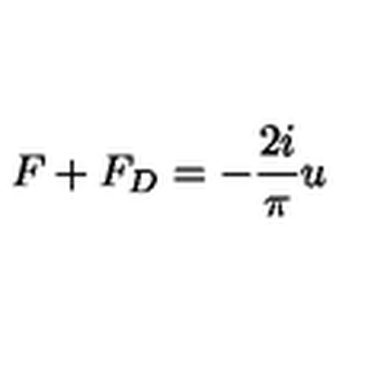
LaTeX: F + F _ { D } = - \frac { 2 i } { \pi } u